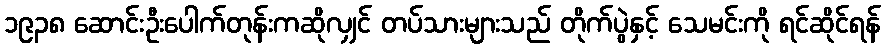
၁၉၃၈ ဆောင်းဦးပေါက်တုန်းကဆိုလျှင် တပ်သားများသည် တိုက်ပွဲနှင့် သေမင်းကို ရင်ဆိုင်ရန်